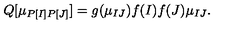
Q [ \mu _ { P [ I ] P [ J ] } ] = g ( \mu _ { I J } ) f ( I ) f ( J ) \mu _ { I J } .